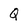
Character: Q